Leaving Certificate Examination (including Day School Certificate (Higher) General paper), 1935
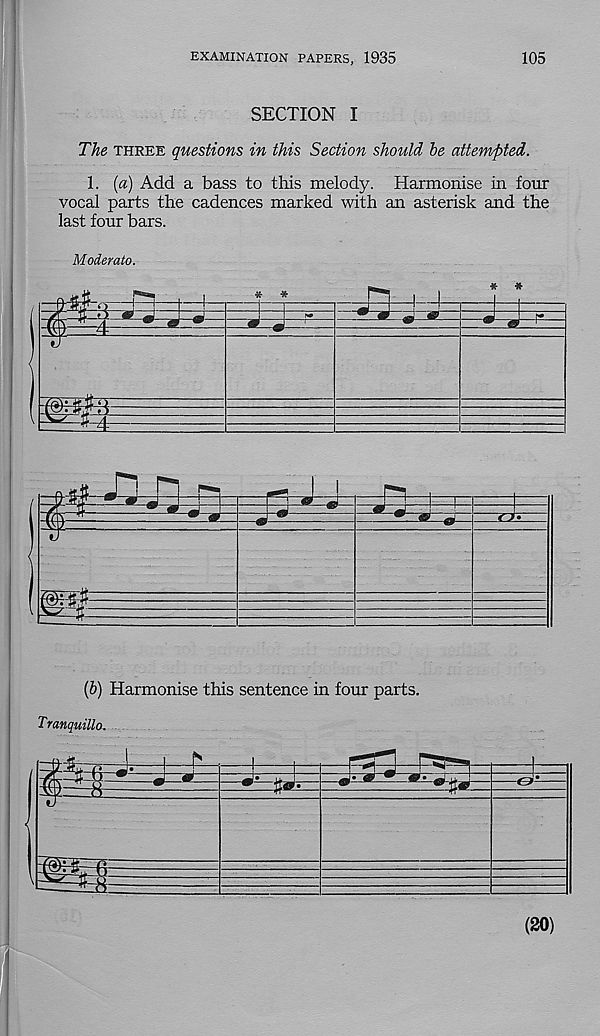
105
EXAMINATION PAPERS, 1935
SECTION I
The three questions in this Section should be attempted.
1. {a) Add a bass to this melody. Harmonise in four
vocal parts the cadences marked with an asterisk and the
last four bars.
Moderate.
(b) Harmonise this sentence in four parts.
Tranquillo.